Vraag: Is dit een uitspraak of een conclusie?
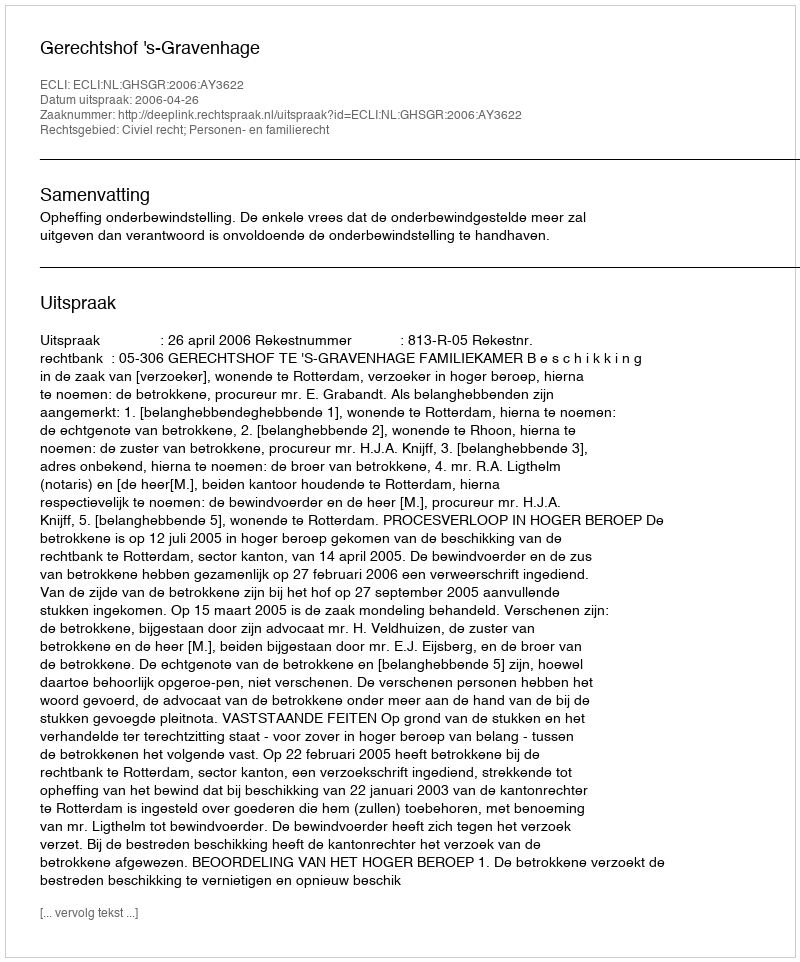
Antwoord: Uitspraak